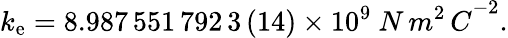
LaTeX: k_{\mathrm{e}}=8.987\, 551\, 792\, 3\, (14)\times 10^{9}\ {N\, m^{2}\, C}^{-2}.